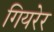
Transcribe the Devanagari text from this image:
गियरेर